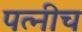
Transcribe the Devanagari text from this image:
पत्नीच